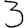
Digit: 3